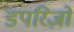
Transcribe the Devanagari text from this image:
डपरिज़ो